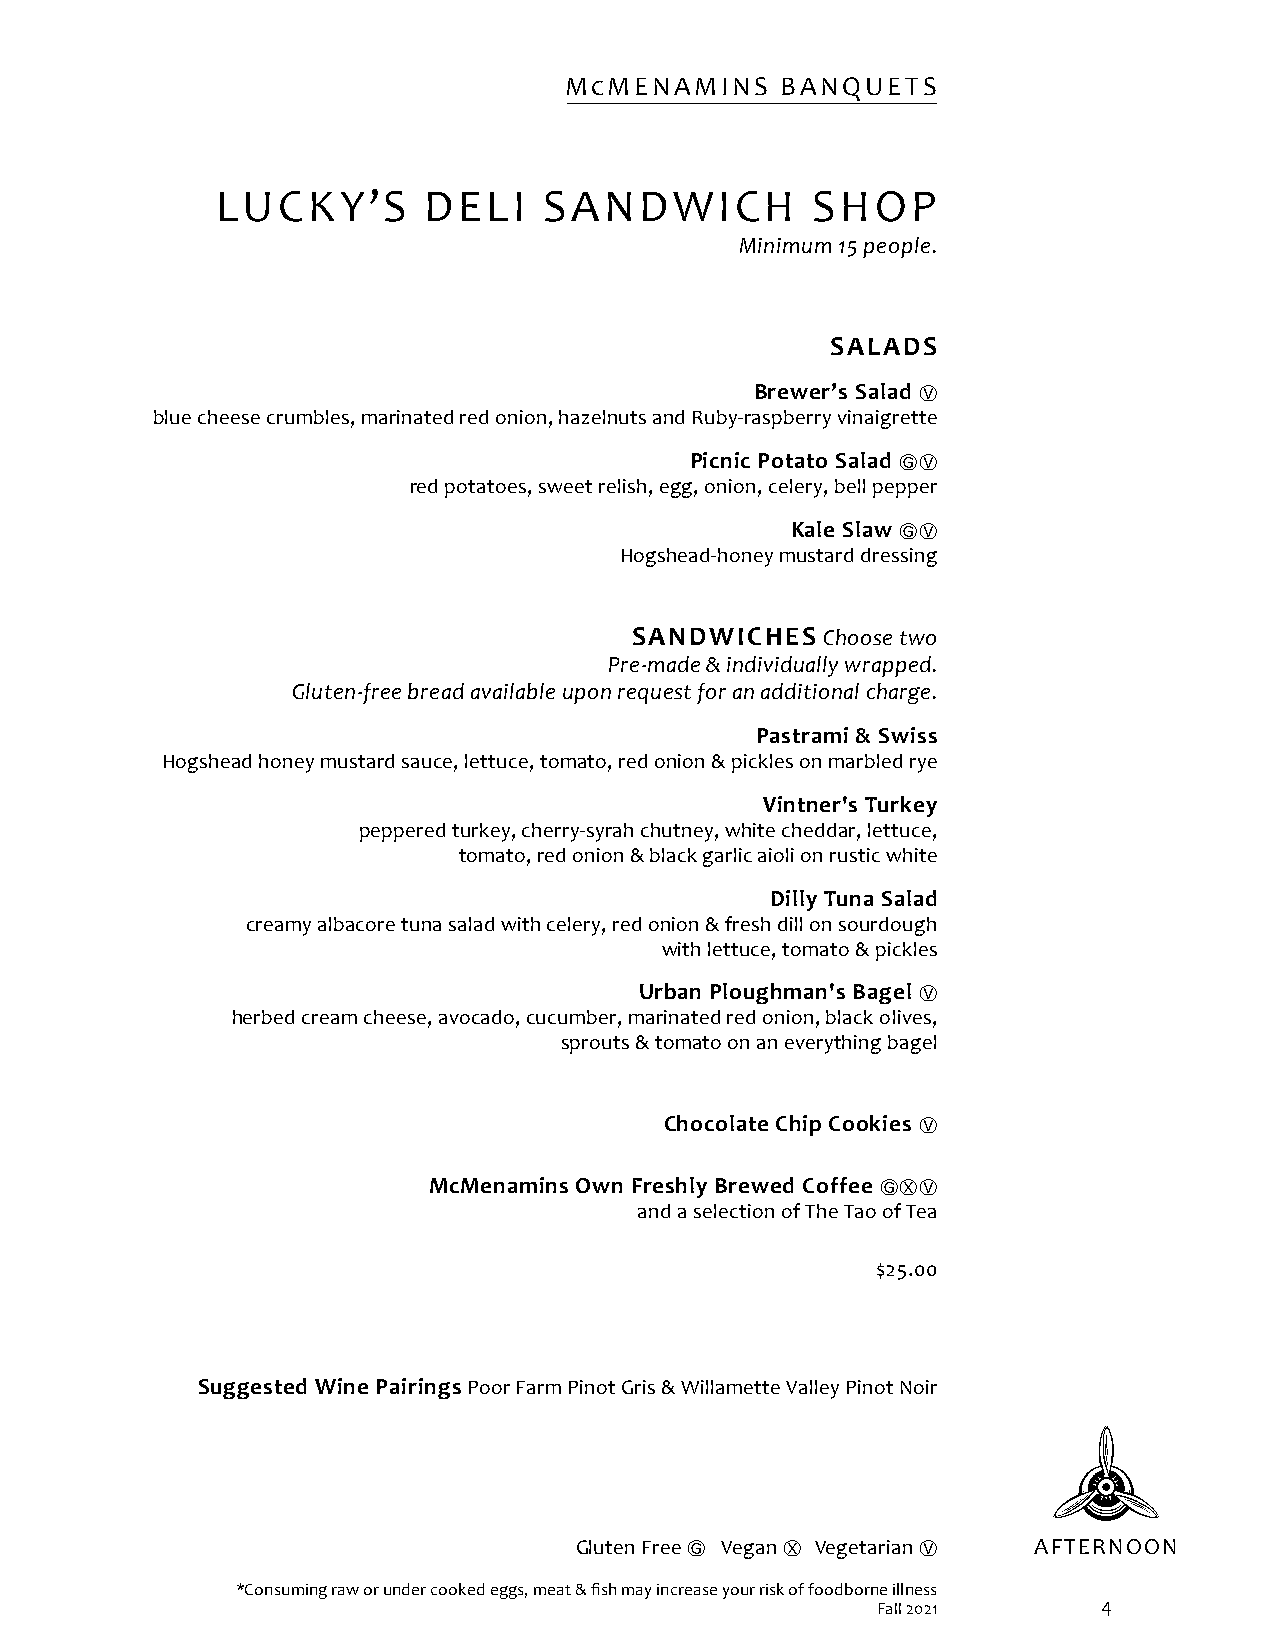
McMENAMINS     BANQUETS
 LUCKY’S       DELI    SANDWICH          SHOP
 Minimum 15 people.
 SALADS
 Brewer’s Salad
 Ⓥ
 blue cheese crumbles, marinated red onion, hazelnuts and Ruby-raspberry vinaigrette
 Picnic Potato Salad
 ⒼⓋ
 red potatoes, sweet relish, egg, onion, celery, bell pepper
 Kale Slaw
 ⒼⓋ
 Hogshead-honey mustard dressing
 SANDWICHES   Choose two
 Pre-made & individually wrapped.
 Gluten-free bread available upon request for an additional charge.
 Pastrami & Swiss
 Hogshead honey mustard sauce, lettuce, tomato, red onion & pickles on marbled rye
 Vintner's Turkey
 peppered turkey, cherry-syrah chutney, white cheddar, lettuce,
 tomato, red onion & black garlic aioli on rustic white
 Dilly Tuna Salad
 creamy albacore tuna salad with celery, red onion & fresh dill on sourdough
 with lettuce, tomato & pickles
 Urban Ploughman's Bagel
 Ⓥ
 herbed cream cheese, avocado, cucumber, marinated red onion, black olives,
 sprouts & tomato on an everything bagel
 Chocolate Chip Cookies
 Ⓥ
 McMenamins Own Freshly Brewed Coffee
 ⒼⓍⓋ
 and a selection of The Tao of Tea
 $25.00
 Suggested Wine Pairings Poor Farm Pinot Gris & Willamette Valley Pinot Noir
 Gluten Free Ⓖ Vegan Ⓧ Vegetarian Ⓥ AFTERNOON
 *Consuming raw or under cooked eggs, meat & fish may increase your risk of foodborne illness
 Fall 2021      4